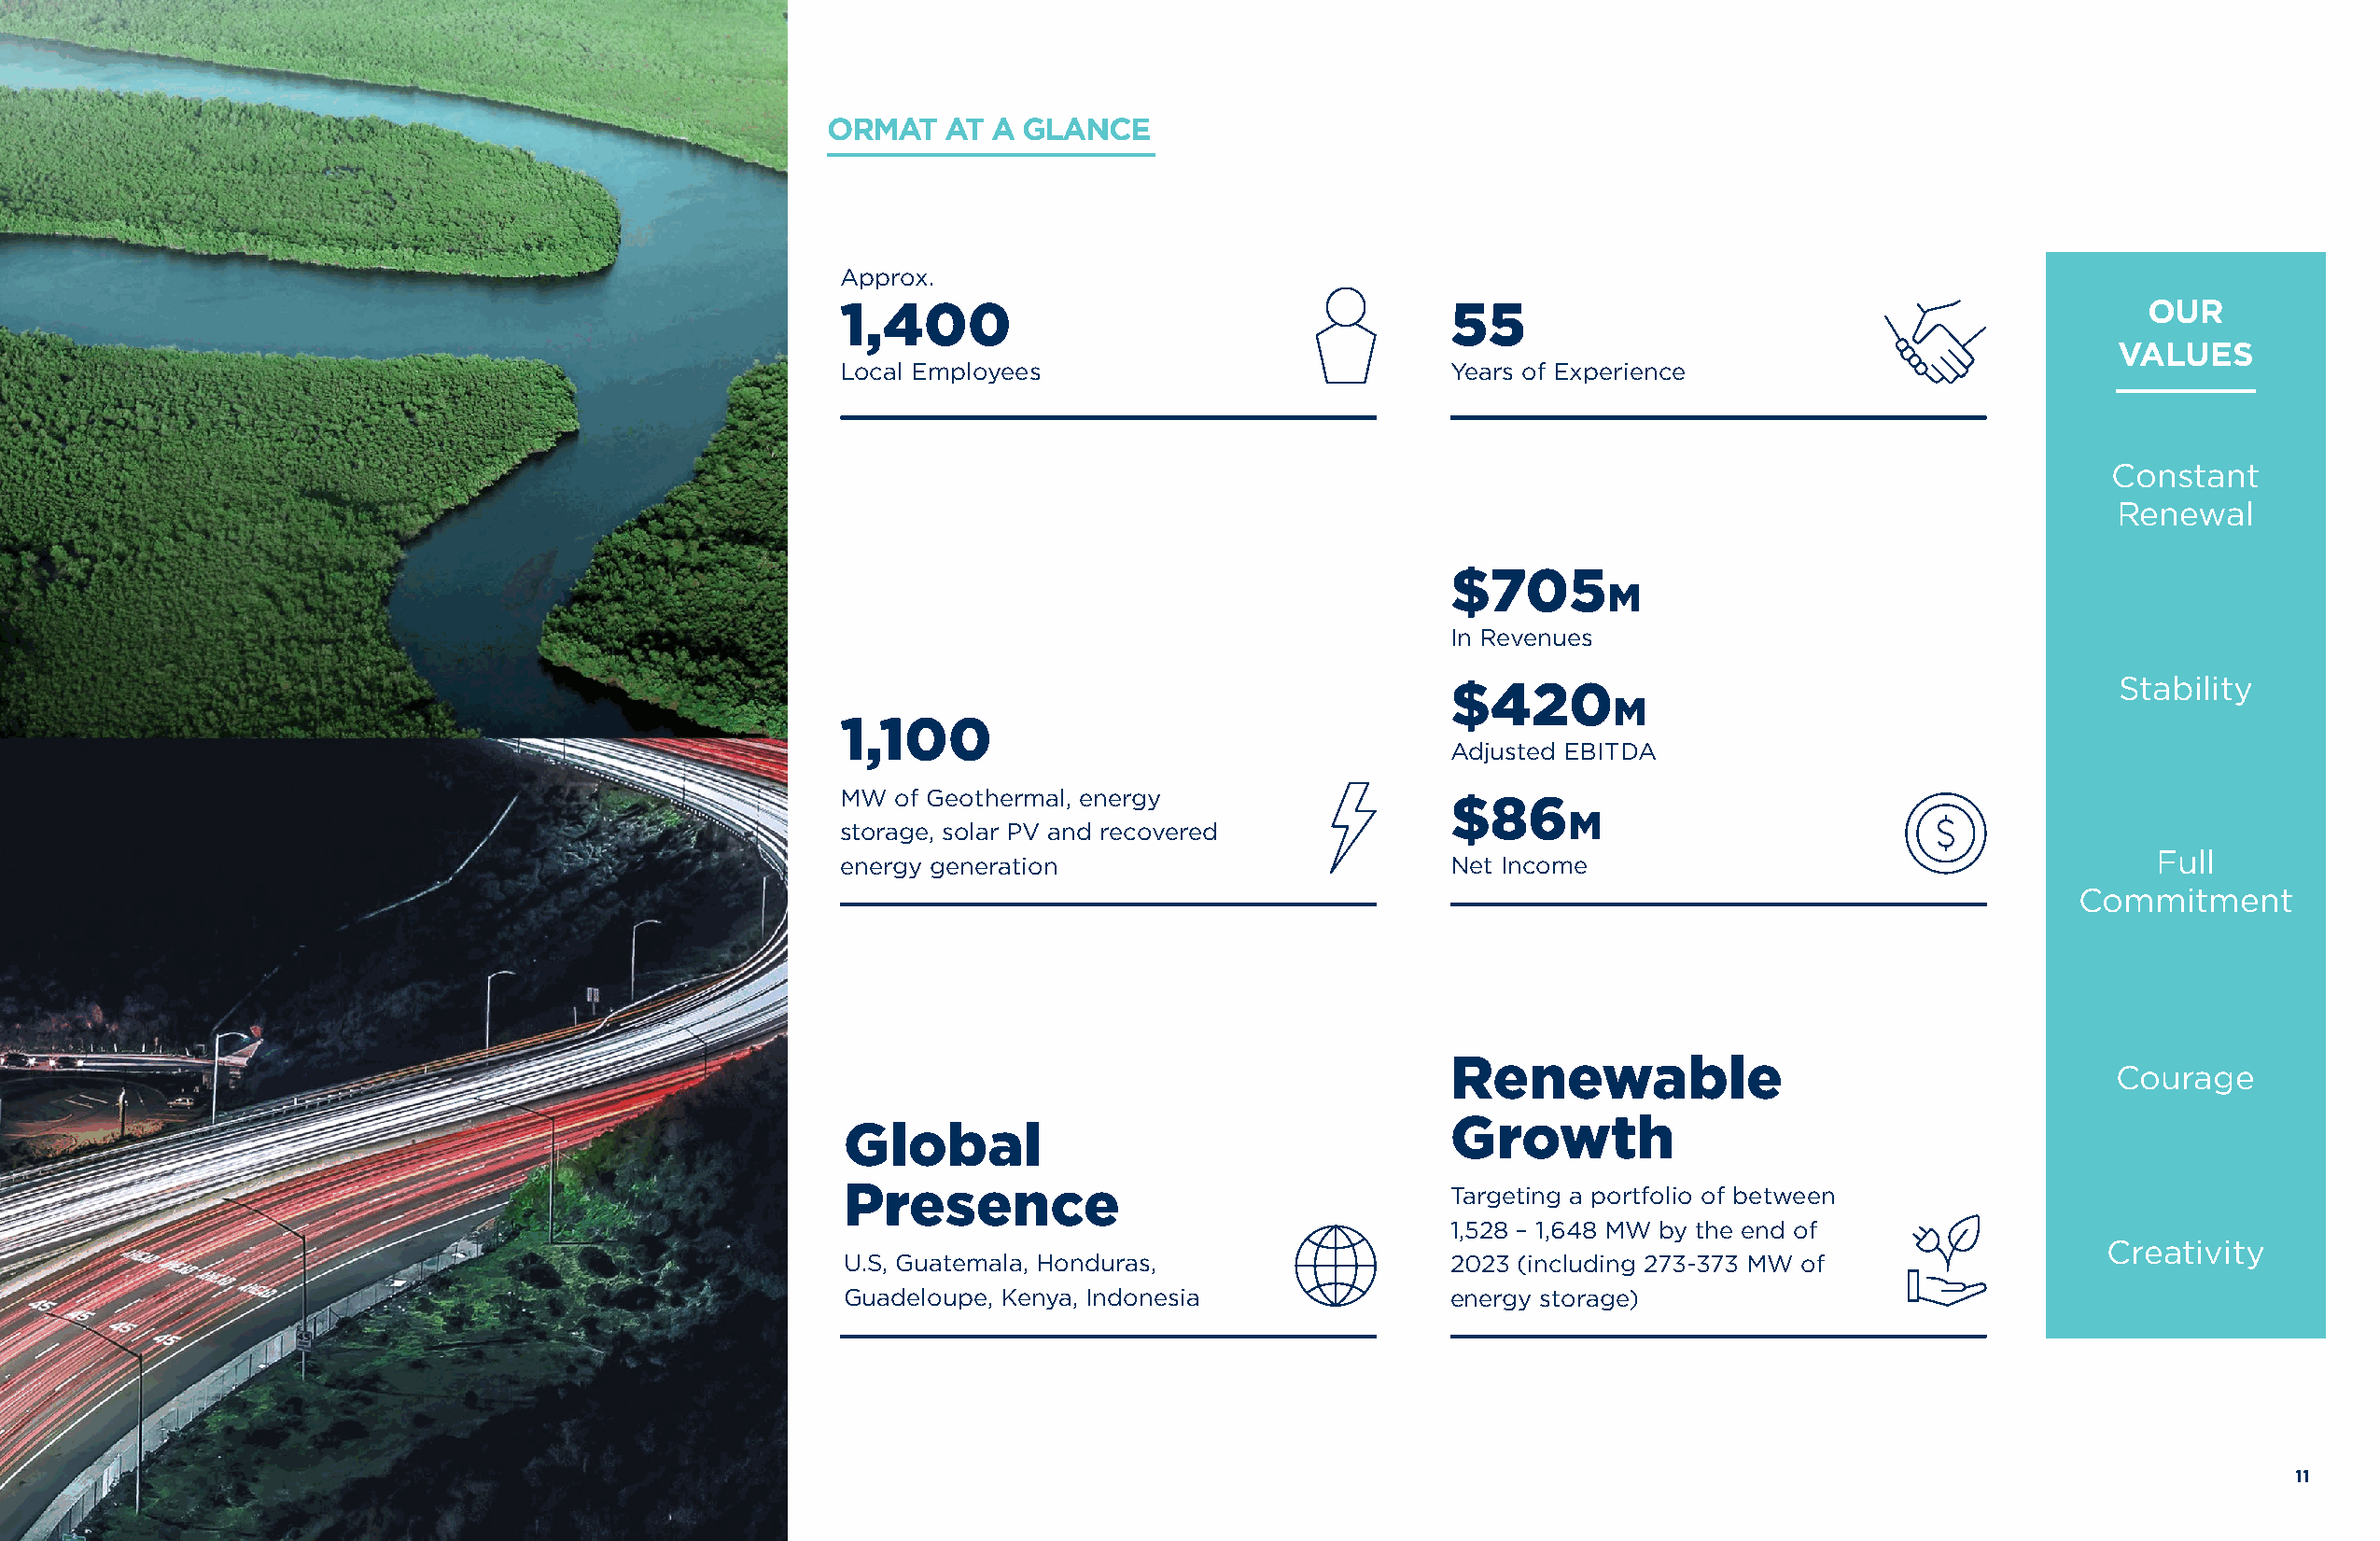
ORMAT   AT A  GLANCE
 Approx.
 1,400                                      55                                               OUR
 VALUES
 Local Employees                            Years of Experience
 Constant
 Renewal
 $705
 M
 In Revenues
 Stability
 $420
 M
 1,100
 Adjusted EBITDA
 MW of Geothermal, energy
 $86
 M
 storage, solar PV and recovered
 Full
 energy generation                          Net Income
 Commitment
 Renewable
 Courage
 Growth
 Global
 Presence                                   Targeting a portfolio of between
 1,528 – 1,648 MW by the end of
 Creativity
 U.S, Guatemala, Honduras,                  2023 (including 273-373 MW of
 Guadeloupe, Kenya, Indonesia               energy storage)
 10                                                                                                                                                            11